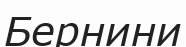
Бернини